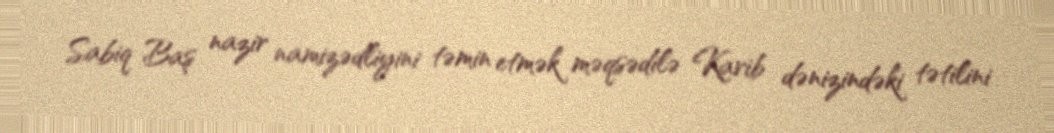
Sabiq Baş nazir namizədliyini təmin etmək məqsədilə Karib dənizindəki tətilini